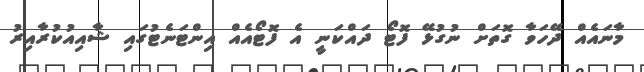
މާނައެއް ދޭހަވާ ގޮތަށް ނުގުޅޭ ފޮޓޯ ދައްކަނީ އެ ފޮޓޯއެއް އިންޓަނެޓުގައި ޝާއިއުކުރާއިރު